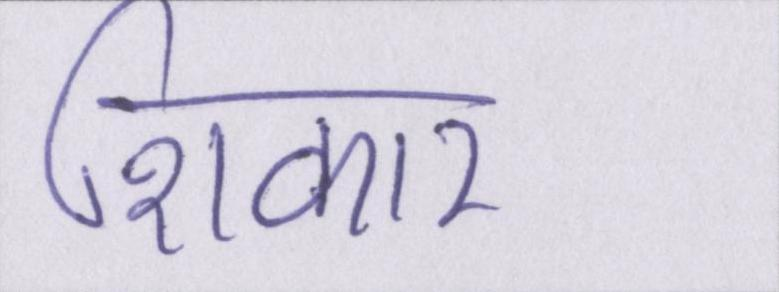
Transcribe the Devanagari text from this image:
शिकार